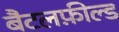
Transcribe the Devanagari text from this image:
बैटलफ़ील्ड